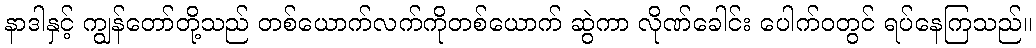
နာဒါနှင့် ကျွန်တော်တို့သည် တစ်ယောက်လက်ကိုတစ်ယောက် ဆွဲကာ လိုဏ်ခေါင်း ပေါက်ဝတွင် ရပ်နေကြသည်။